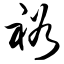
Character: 裕